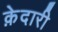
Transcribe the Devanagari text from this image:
क़ेदारी